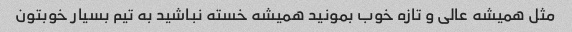
مثل همیشه عالی و تازه خوب بمونید همیشه خسته نباشید به تیم بسیار خوبتون